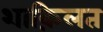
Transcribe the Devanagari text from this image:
शाक़िलत